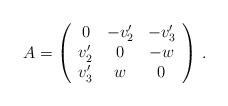
LaTeX: \begin{align*} A = \left( \begin{array}{ccc} 0 & -v_2' & -v_3' \\ v_2' & 0 & -w \\ v_3' & w & 0 \end{array} \right)\,.\end{align*}